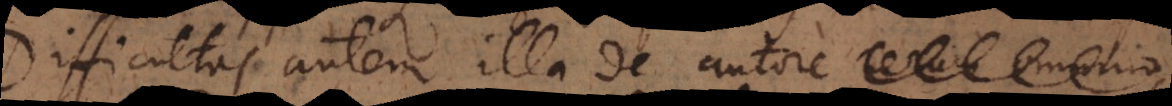
Difficultas autem illa de autore